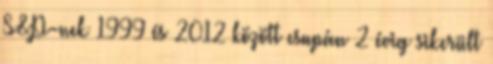
S&P-nek 1999 és 2012 között csupán 2 évig sikerült